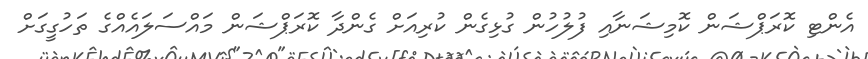
އެންޓި ކޮރަޕްޝަން ކޮމިޝަނާއި ފުލުހުން ގުޅިގެން ކުރިއަށް ގެންދާ ކޮރަޕްޝަން މައްސަލައެއްގެ ތަހުގީގަށް